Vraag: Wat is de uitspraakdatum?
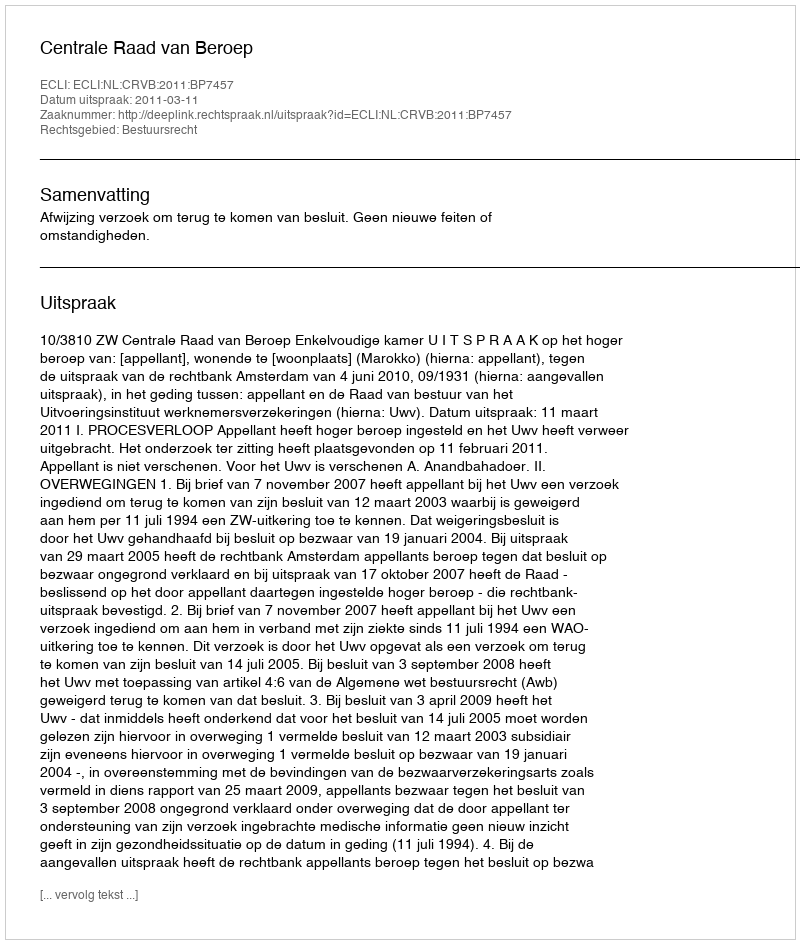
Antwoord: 2011-03-11